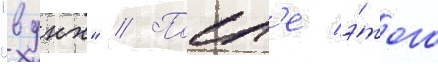
"вднх" // Посл'е э́того